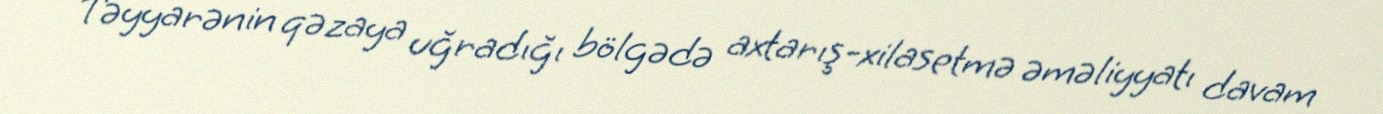
Təyyarənin qəzaya uğradığı bölgədə axtarış-xilasetmə əməliyyatı davam